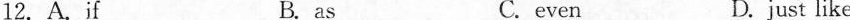
12. A.If B. as C.even D.just like